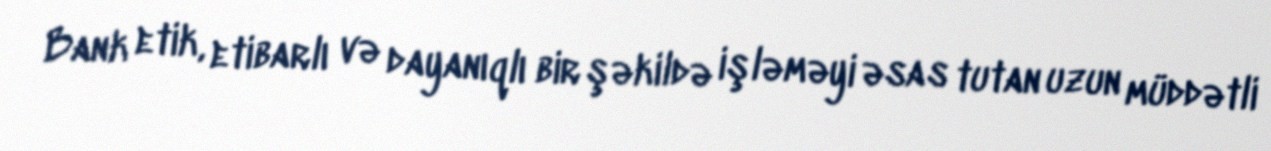
Bank etik, etibarlı və dayanıqlı bir şəkildə işləməyi əsas tutan uzun müddətli